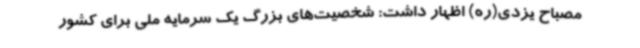
مصباح یزدی(ره) اظهار داشت: شخصیت‌های بزرگ یک سرمایه ملی برای کشور